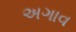
અગાવ